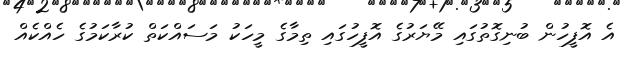
އެ އޮފީހުން ބުނިގޮތުގައި މޭޔަރުގެ އޮފީހުގައި ތިމާގެ މީހަކު މަސައްކަތް ކުރާކަމުގެ ހެއްކެއް